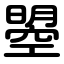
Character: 曌